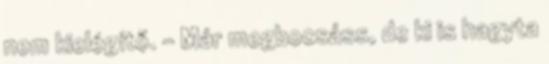
nem kielégítő. – Már megbocsáss, de ki is hagyta